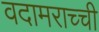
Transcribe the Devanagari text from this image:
वदामराच्ची